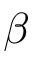
\beta